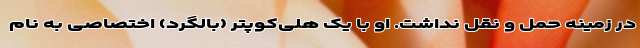
در زمینه حمل و نقل نداشت. او با یک هلی‌کوپتر (بالگرد) اختصاصی به نام